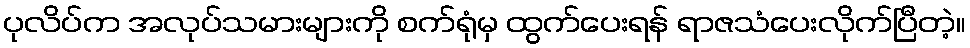
ပုလိပ်က အလုပ်သမားများကို စက်ရုံမှ ထွက်ပေးရန် ရာဇသံပေးလိုက်ပြီတဲ့။